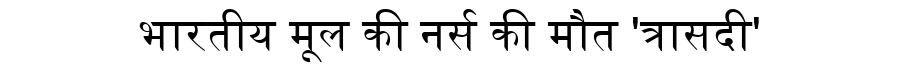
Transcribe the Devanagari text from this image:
भारतीय मूल की नर्स की मौत 'त्रासदी'